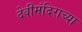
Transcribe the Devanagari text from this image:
देवीमंदिराच्या